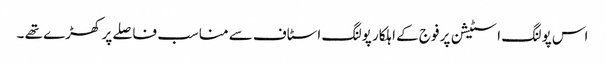
اس پولنگ اسٹیشن پر فوج کے اہلکار پولنگ اسٹاف سے مناسب فاصلے پر کھڑے تھے ۔